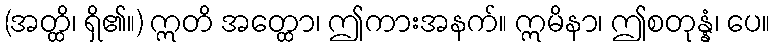
(အတ္ထိ၊ ရှိ၏။) ဣတိ အတ္ထော၊ ဤကားအနက်။ ဣမိနာ၊ ဤစတုန္နံ၊ ပေ။